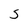
Character: S